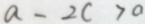
a - 2 c > 0